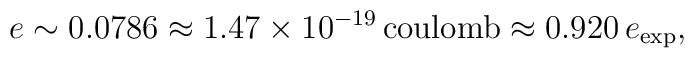
e \sim 0.0786 \approx 1.47 \times 10^{-19} \, \mathrm{coulomb}   \approx 0.920 \, e_{\mathrm{exp}},